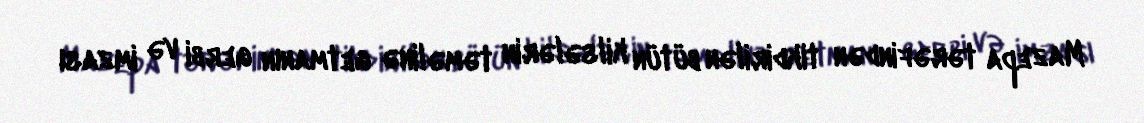
Mazepa tərəfindən tikdirilən bütün kilsələrin təməlinə getmanın gerbi və imzası